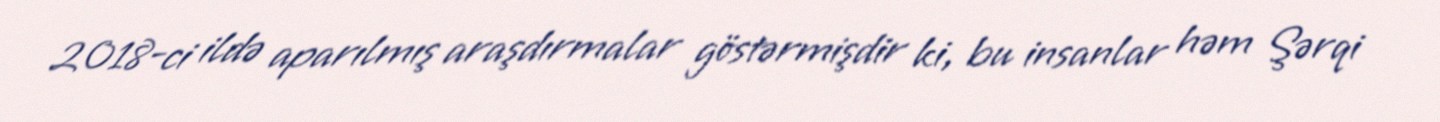
2018-ci ildə aparılmış araşdırmalar göstərmişdir ki, bu insanlar həm Şərqi